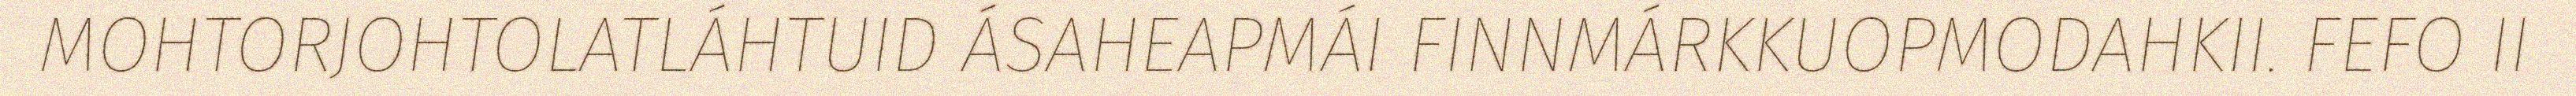
MOHTORJOHTOLATLÁHTUID ÁSAHEAPMÁI FINNMÁRKKUOPMODAHKII. FEFO II